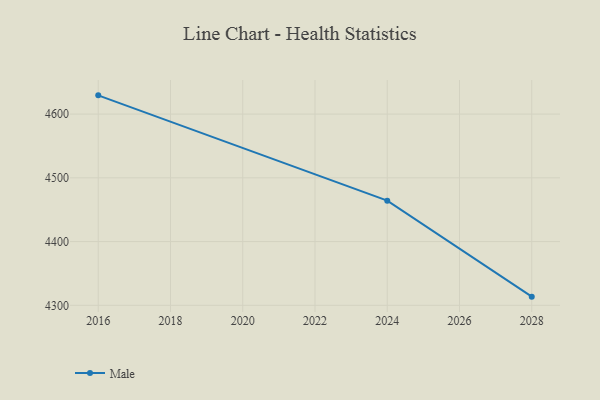
{"axis": {"x": "Year", "y": "Waste Production (Tons)"}, "legend": ["Male"], "data": [{"x": "2028", "y": 4313.6, "type": "Male"}, {"x": "2024", "y": 4464.2, "type": "Male"}, {"x": "2016", "y": 4629.4, "type": "Male"}]}